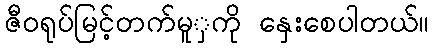
ဇီဝရုပ်မြင့်တက်မူှကို နှေးစေပါတယ်။